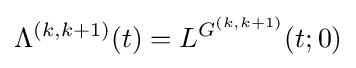
\Lambda ^{(k,k+1)}(t)=L^{G^{(k,k+1)}}(t;0)